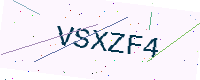
Text: VSXZF4